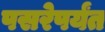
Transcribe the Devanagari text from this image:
पसरेपर्यंत